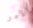
الأمر